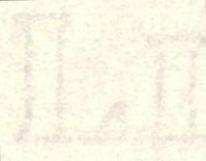
LI